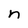
Character: n